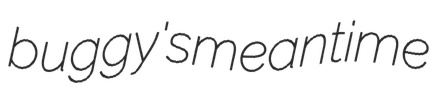
buggy's meantime